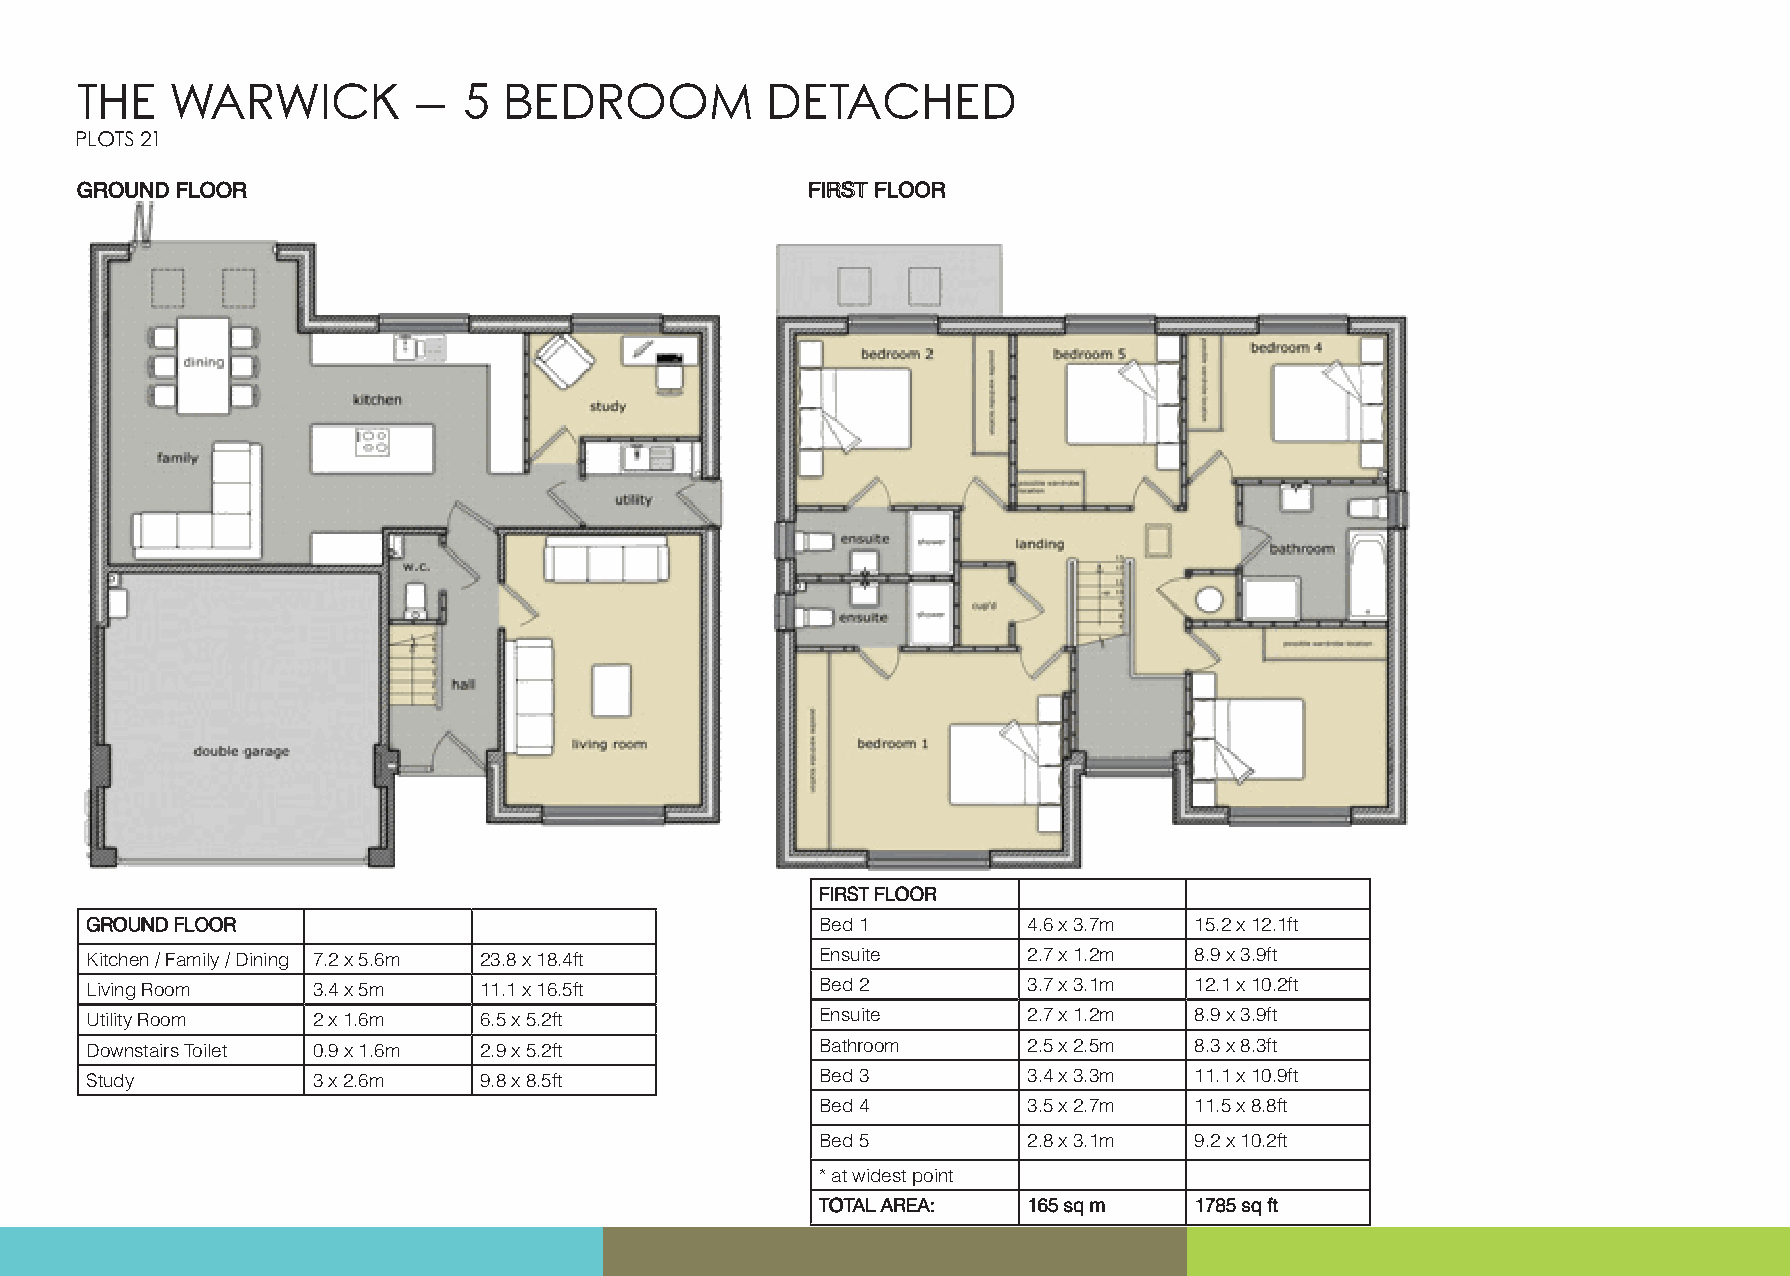
THE   WARWICK         –   5 BEDROOM           DETACHED
 PLOTS 21
 GGRROOUUNNDD FFLLOOOORR                         FFIIRRSSTT FFLLOOOORR
 FFIIRRSSTT FFLLOOOORR
 GGRROOUUNNDD FFLLOOOORR                         Bed 1         4.6 x 3.7m 15.2 x 12.1ft
 Kitchen / Family / Dining 7.2 x 5.6m 23.8 x 18.4ft Ensuite    2.7 x 1.2m 8.9 x 3.9ft
 Living Room    3.4 x 5m   11.1 x 16.5ft         Bed 2         3.7 x 3.1m 12.1 x 10.2ft
 Utility Room   2 x 1.6m   6.5 x 5.2ft           Ensuite       2.7 x 1.2m 8.9 x 3.9ft
 Downstairs Toilet 0.9 x 1.6m 2.9 x 5.2ft        Bathroom      2.5 x 2.5m 8.3 x 8.3ft
 Study          3 x 2.6m   9.8 x 8.5ft           Bed 3         3.4 x 3.3m 11.1 x 10.9ft
 Bed 4         3.5 x 2.7m 11.5 x 8.8ft
 Bed 5         2.8 x 3.1m 9.2 x 10.2ft
 * at widest point
 TTOOTTAALL AARREEAA:: 116655 ssqq mm 11778855 ssqq fftt